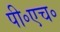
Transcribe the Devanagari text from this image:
पी॰एच॰